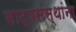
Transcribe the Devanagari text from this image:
नाट्यसंस्थांना